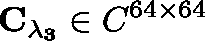
\mathbf { C _ { \lambda _ { 3 } } } \in \mathbb { C } ^ { 6 4 \times 6 4 }